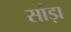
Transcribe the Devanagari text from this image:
सांड़ा